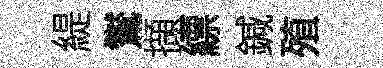
緹鸑擷縹鍼殖